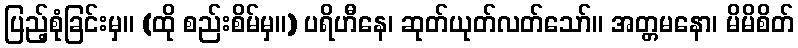
ပြည့်စုံခြင်းမှ။ (ထို စည်းစိမ်မှ။) ပရိဟီနေ၊ ဆုတ်ယုတ်လတ်သော်။ အတ္တမနော၊ မိမိစိတ်